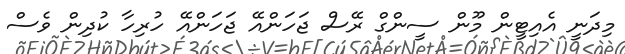
މިދަނީ އެއިޓީން މޫން ސީންގް ރޭސް ޖަހަންއޭ ޖަހަންއޭ ހުރިހާ ކުދިން ވެސް